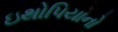
ઇથોપિયાનો